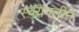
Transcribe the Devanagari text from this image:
स्वयंगतीने